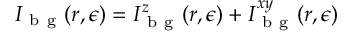
I _ { \mathrm { ~ b ~ g ~ } } ( \boldsymbol { r } , \epsilon ) = I _ { \mathrm { ~ b ~ g ~ } } ^ { z } ( \boldsymbol { r } , \epsilon ) + I _ { \mathrm { ~ b ~ g ~ } } ^ { x y } ( \boldsymbol { r } , \epsilon )